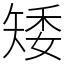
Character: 矮